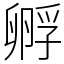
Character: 孵